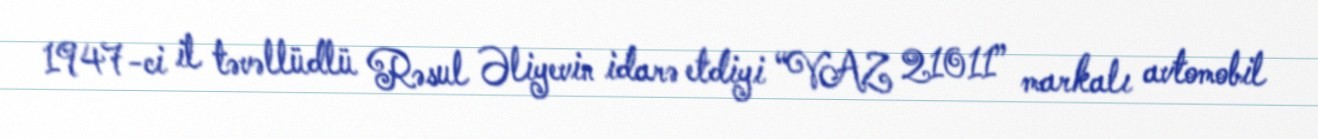
1947-ci il təvəllüdlü Rəsul Əliyevin idarə etdiyi “VAZ 21011” markalı avtomobil